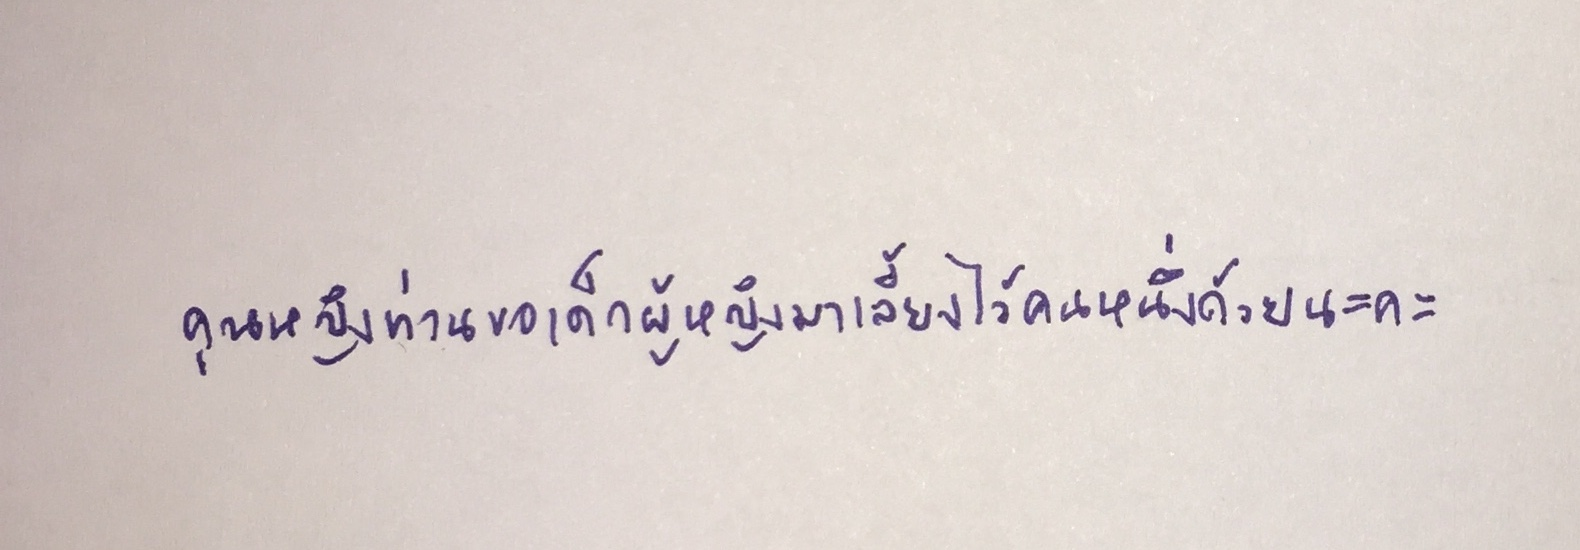
คุณหญิงท่านขอเด็กผู้หญิงมาเลี้ยงไว้คนหนึ่งด้วยนะคะ